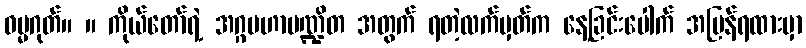
ဓမ္မဂုတ်။ ။ ကိုယ်တော်ရဲ့ အဂ္ဂမဟာပဏ္ဍိတ အတွက် ရတဲ့လက်မှတ်က နေ့ခြင်းပေါက် အမြန်ရထားမှာ